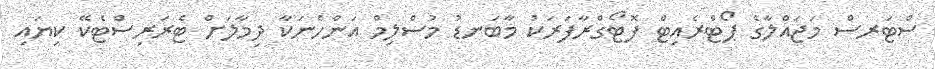
ސްޓަރސް މަޖައްލާގެ ޕޯޓްރެއިޓް ފޮޓޯގްރާފަރަކު މާބަނޑު މުސްލިމް އަންހެނަކާ ދިމާލަށް ޓެރަރިސްޓެކޭ ކިޔައި